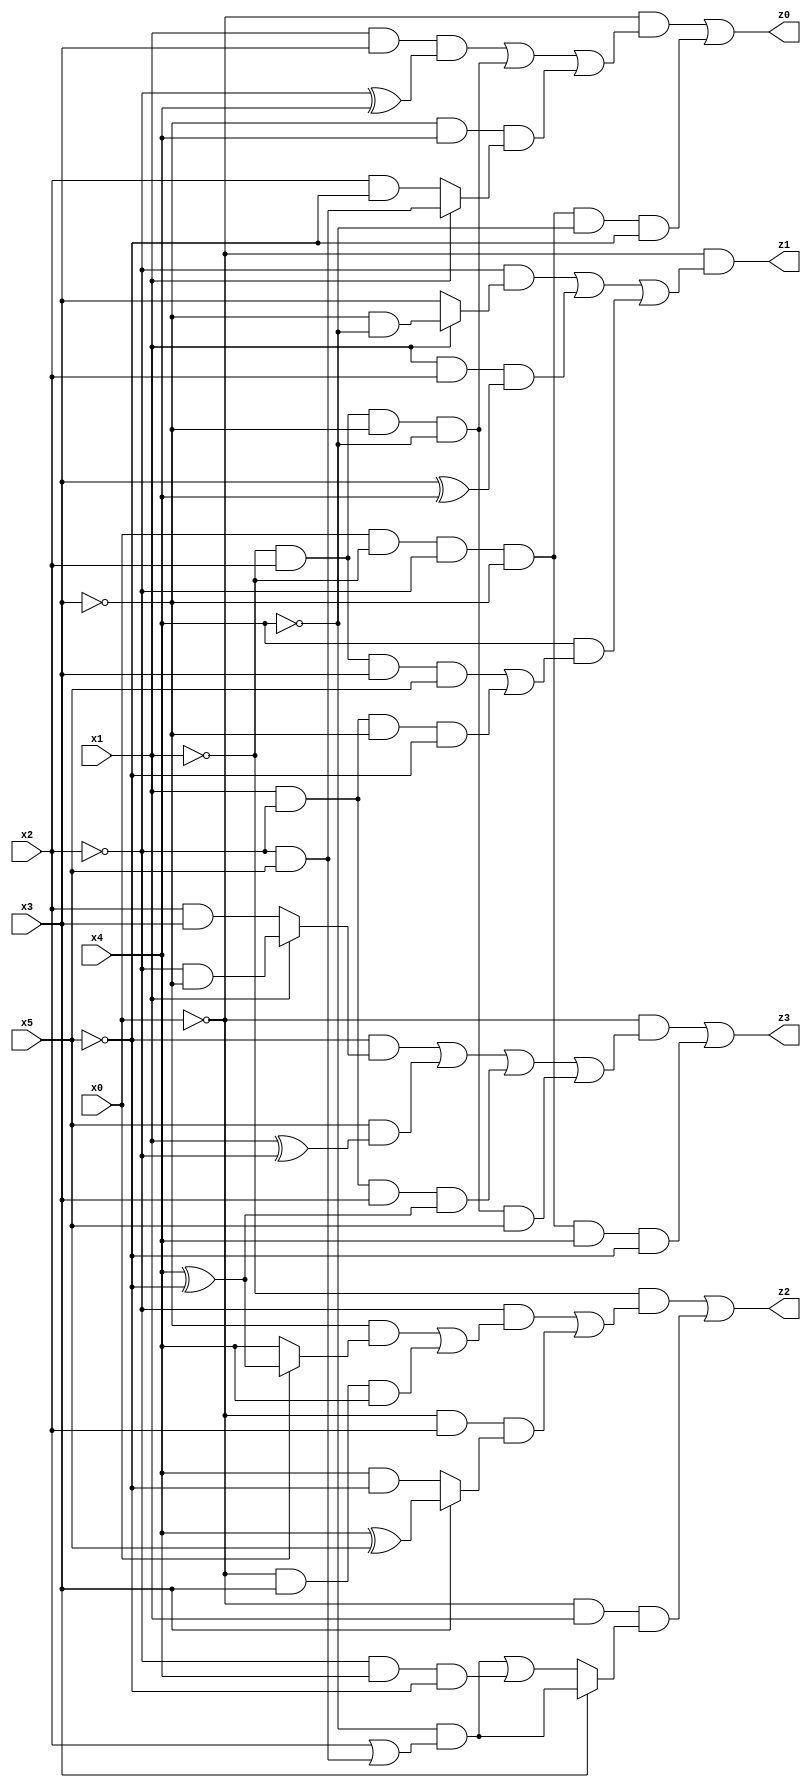
// Benchmark "res" written by ABC on Tue Jul 11 02:27:26 2023

module res ( 
    x0, x1, x2, x3, x4, x5,
    z0, z1, z2, z3  );
  input  x0, x1, x2, x3, x4, x5;
  output z0, z1, z2, z3;
  assign z0 = (~x0 & ((x1 & x3 & (~x2 ^ x4)) | (~x1 & x2 & ~x3 & ~x4) | (~x3 & x4 & (x1 ? (~x2 & x5) : (x2 & ~x5))))) | (x0 & ~x1 & ~x2 & ~x3 & ~x4 & ~x5);
  assign z1 = ~x0 & ((~x2 & (x1 ? (~x3 & ~x4) : x3)) | (x1 & x2 & (x3 ^ x4)) | (x4 & ((~x1 & x2 & x3 & x5) | (x1 & ~x2 & ~x3 & ~x5))));
  assign z2 = (~x1 & ((~x2 & ((~x3 & (x0 ? (x4 ^ ~x5) : x4)) | (~x0 & x3 & x4))) | (~x0 & x2 & (x3 ? (x4 ^ x5) : (x4 & ~x5))))) | (~x0 & x1 & (x3 ? (~x4 & (x2 | (~x2 & x5))) : ((~x4 & (x2 | (~x2 & x5))) | (~x2 & x4 & ~x5))));
  assign z3 = (~x0 & ((~x5 & (x1 ? (~x2 & ~x3) : (x2 & x3))) | (x5 & (x1 ^ ~x2)) | (x1 & ~x2 & x3 & (x4 ^ ~x5)) | (~x1 & x2 & ~x3 & ~x4 & x5))) | (x0 & ~x1 & ~x2 & ~x3 & x4 & ~x5);
endmodule